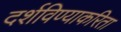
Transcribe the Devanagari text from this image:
दर्शविण्याकरिता